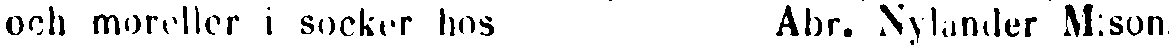
och moreller i socker hos Abr. Nylander M:son.